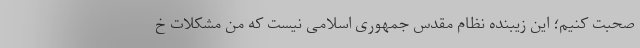
صحبت کنیم؛ این زیبنده نظام مقدس جمهوری اسلامی نیست که من مشکلات خ